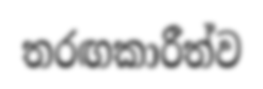
තරඟකාරීත්ව